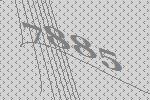
7885